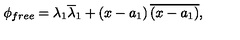
\phi _ { f r e e } = \lambda _ { 1 } \overline { { \lambda } } _ { 1 } + \left( x - a _ { 1 } \right) \overline { { \left( x - a _ { 1 } \right) } } ,